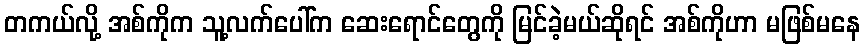
တကယ်လို့ အစ်ကိုက သူ့လက်ပေါ်က ဆေးရောင်တွေကို မြင်ခဲ့မယ်ဆိုရင် အစ်ကိုဟာ မဖြစ်မနေ